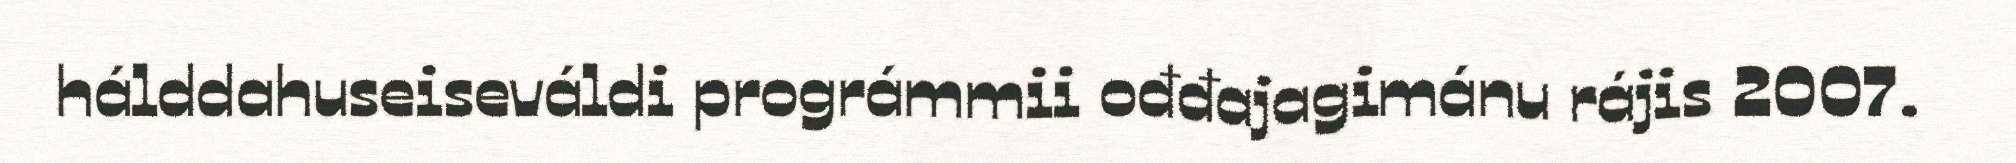
hálddahuseiseváldi prográmmii ođđajagimánu rájis 2007.